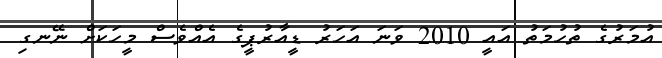
އުމަރުގެ ތުހުމަތު އައީ 2010 ވަނަ އަހަރު ޑީއާރުޕީގެ އެއްވެސް މީހަކަށް ނޭނގި